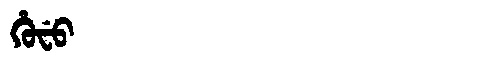
Manchu: ᡥᡠᠸᡠ
Romanization: HUFU